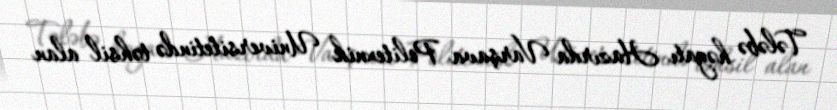
Tələbə həyatı Hazırda Varşava Politexnik Universitetində təhsil alan